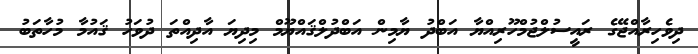
ދިވެހިރާއްޖޭގެ ރައީސުލްޖުމްހޫރިއްޔާ އަބްދު ޔާމިން އަބްދުލްޤައްޔޫމް މިދިޔަ އާދިއްތަ ދުވަހު ޤައުމާ މުހާތަބު